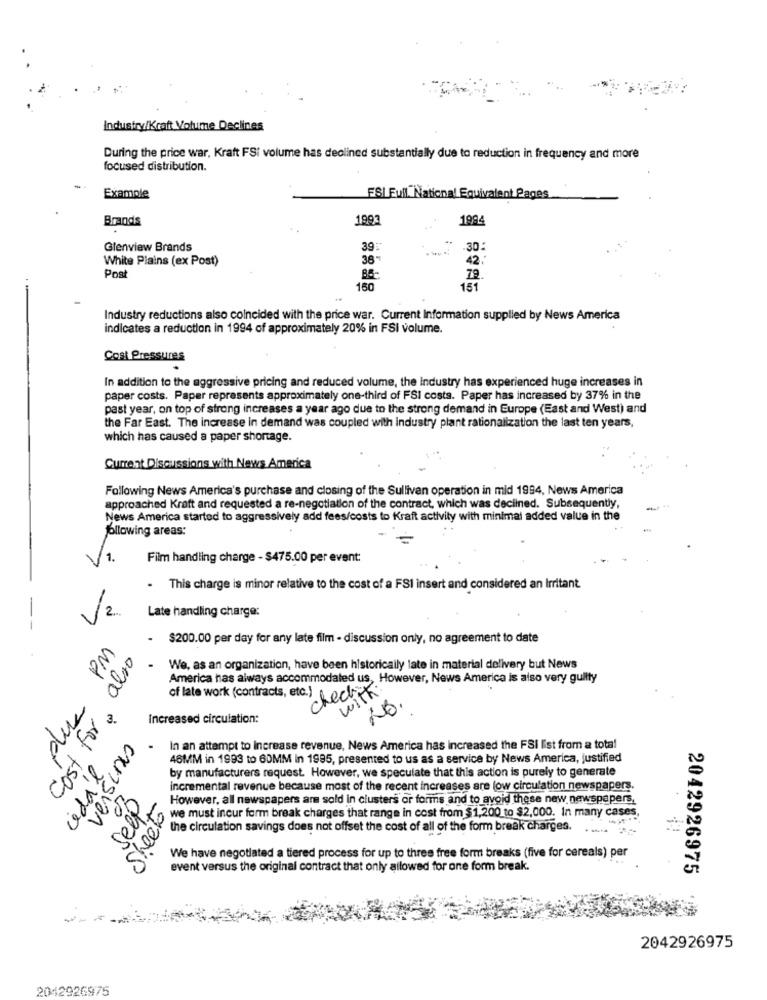
Industry/Kraft Volume Declines
During the price war, Kraft FS: volume has declined substantially due to reduction in frequency and more
focused distribution.
Example
ESI Full. National Equivalent Pages
Brands
1993
199
Glenview Brands
39:
.30
White Plains (ex Post)
387
42.
Post
BE
79.
160
151
Industry reductions also coincided with the price war. Current Information supplied by News America
indicates a reduction in 1994 of approximately 20% in FSI volume.
Cost Pressures
In addition to the aggressive pricing and reduced volume, the industry has experienced huge increases in
paper costs. Paper represents approximately one-third of FSI costs. Paper has increased by 37% in the
past year, on top of strong increases a year ago due to the strong demand in Europe (East and West) and
the Far East. The increase in demand was coupled with industry plant rationalization the last ten years,
which has caused a paper shortage.
Current Discussions with News America
Following News America's purchase and closing of the Sullivan operation in mid 1994, News America
approached Kraft and requested a re-negotiation of the contract, which was declined. Subsequently,
News America started to aggressively add fees/costs to Kraft activity with minimal added value in the
following areas:
1.
Film handling charge - $475.00 per event:
- This charge is minor relative to the cost of a FSI insert and considered an Irritant
Late handling charge:
2.
$200.00 per day for any late film - discussion only, no agreement to date
PM
also
We, as an organization, have been historically late in material delivery but News
America has always accommodated us, However, News America is also very guilty
of late work (contracts, etc.)
checkx
with
due
26.
Increased circulation:
In an attempt to Increase revenue, News America has increased the FSI list from a total
46MM in 1993 to 60MM in 1995, presented to us as a service by News America, justified
cedal
by manufacturers request. However, we speculate that this action is purely to generate
incremental revenue because most of the recent increases are low circulation newspapers.
Sepp
Sheet
However, all newspapers are sold in clusters or forms and to avoid these new newspapers,
V
the ehhhsur lar break charges that range in cost from $1.200 to $2,000. In many cases,
cremasvon
the circulation savings does not offset the cost of all of the form break charges.
We have negotiated a tiered process for up to three free form breaks (five for cereals) per
event versus the original contract that only allowed for one form break.
2042926975
2042926975
2042926975